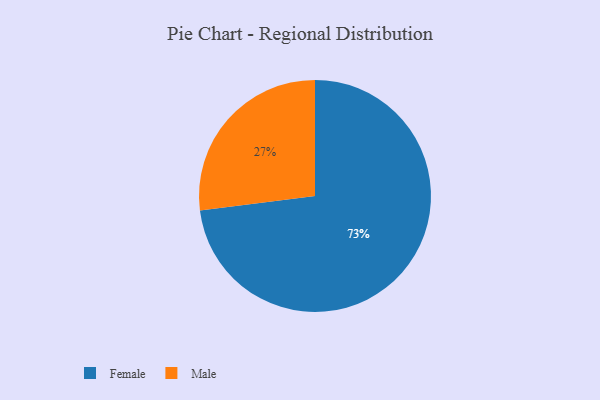
{"axis": {"x": "Category", "y": "Percentage"}, "legend": ["Female", "Male"], "data": [{"x": "Male", "y": 27, "type": "Male"}, {"x": "Female", "y": 73, "type": "Female"}]}